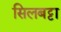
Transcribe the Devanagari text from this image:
सिलबट्टा